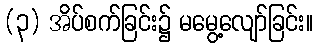
(၃) အိပ်စက်ခြင်း၌ မမွေ့လျော်ခြင်း။